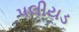
પલીયડ